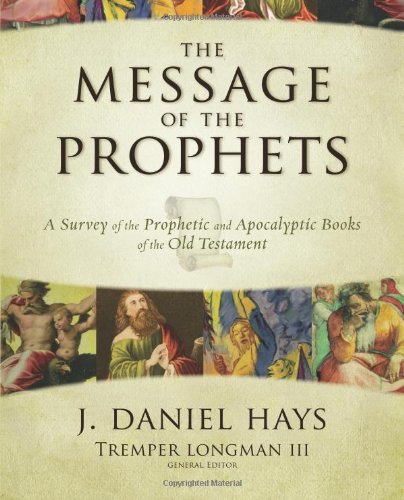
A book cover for The Message of the Prophets: A Survey of the Prophetic and Apocalyptic Books of the Old Testament; J. Daniel Hays; Christian Books & Bibles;